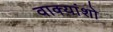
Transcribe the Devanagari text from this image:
वाक्यांशो